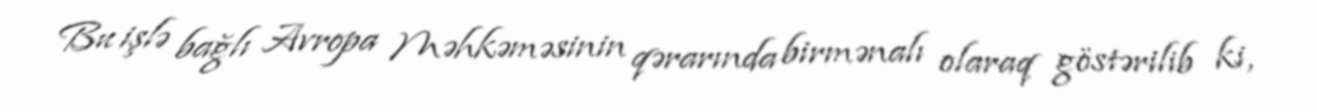
Bu işlə bağlı Avropa Məhkəməsinin qərarında birmənalı olaraq göstərilib ki,